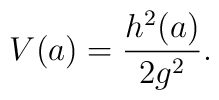
V(a)=\frac{h^2(a)}{2g^2}.